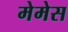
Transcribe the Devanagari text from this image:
मेमेस